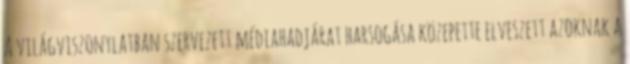
A világviszonylatban szervezett médiahadjárat harsogása közepette elveszett azoknak a